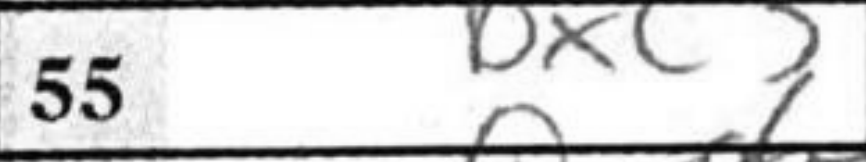
Transcription: bxc3